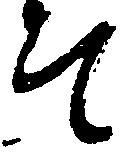
て